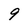
Character: 9